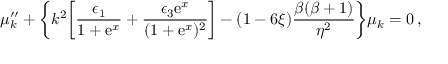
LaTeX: \mu _ { k } ^ { \prime \prime } + \biggl \{ k ^ { 2 } \biggl [ \frac { \epsilon _ { 1 } } { 1 + \mathrm { e } ^ { x } } + \frac { \epsilon _ { 3 } \mathrm { e } ^ { x } } { ( 1 + \mathrm { e } ^ { x } ) ^ { 2 } } \biggr ] - ( 1 - 6 \xi ) \frac { \beta ( \beta + 1 ) } { \eta ^ { 2 } } \biggr \} \mu _ { k } = 0 \, ,